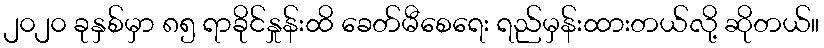
၂၀၂၀ ခုနှစ်မှာ ၈၅ ရာခိုင်နှုန်းထိ ခေတ်မီစေရေး ရည်မှန်းထားတယ်လို့ ဆိုတယ်။